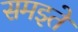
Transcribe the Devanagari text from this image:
समझ्ते